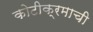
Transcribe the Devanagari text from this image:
कोटीक्रमाची